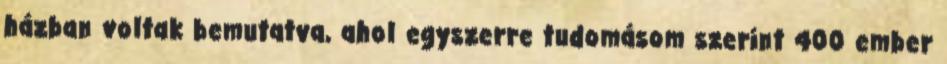
házban voltak bemutatva, ahol egyszerre tudomásom szerint 400 ember